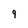
Character: g